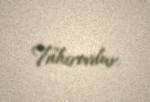
Tahirovdur.